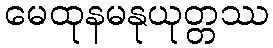
မေထုနမနုယုတ္တဿ